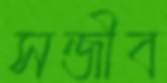
সন্জীব